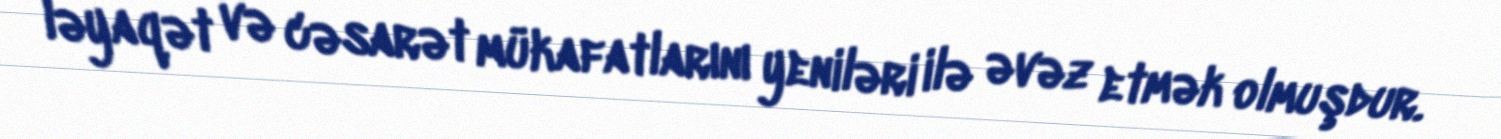
ləyaqət və cəsarət mükafatlarını yeniləri ilə əvəz etmək olmuşdur.